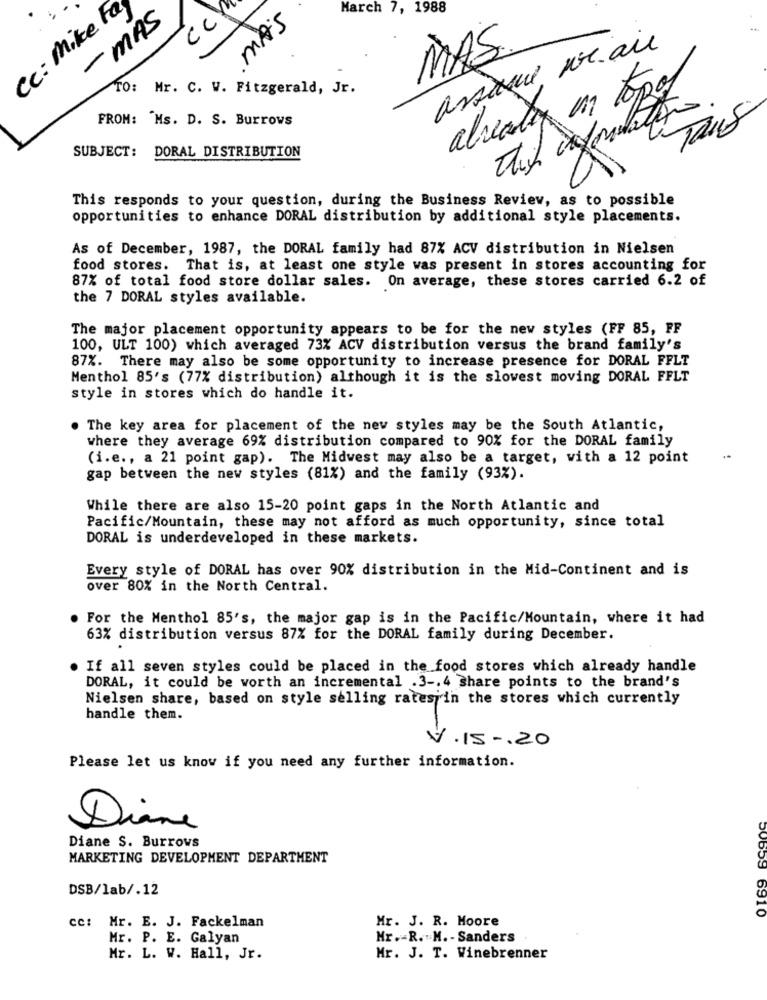
Cc: Mike Fa
cCY
March 7, 1988
- MAS
MAS
MAS.
assine vraie
TO: Mr. C. W. Fitzgerald, Jr.
already en topos
FROM: Ms. D. S. Burrows
SUBJECT: DORAL DISTRIBUTION
This responds to your question, during the Business Review, as to possible
opportunities to enhance DORAL distribution by additional style placements.
As of December, 1987, the DORAL family had 87% ACV distribution in Nielsen
food stores. That is, at least one style was present in stores accounting for
87% of total food store dollar sales. On average, these stores carried 6.2 of
the 7 DORAL styles available.
The major placement opportunity appears to be for the new styles (FF 85, FF
100, ULT 100) which averaged 73% ACV distribution versus the brand family's
87%. There may also be some opportunity to increase presence for DORAL FFLT
Menthol 85's (77% distribution) although it is the slowest moving DORAL FFLT
style in stores which do handle it.
. The key area for placement of the new styles may be the South Atlantic,
where they average 69% distribution compared to 90% for the DORAL family
(i.e ., a 21 point gap). The Midwest may also be a target, with a 12 point
gap between the new styles (81%) and the family (93%).
While there are also 15-20 point gaps in the North Atlantic and
Pacific/Mountain, these may not afford as much opportunity, since total
DORAL is underdeveloped in these markets.
Every style of DORAL has over 90% distribution in the Mid-Continent and is
over 80% in the North Central.
. For the Menthol 85's, the major gap is in the Pacific/Mountain, where it had
63% distribution versus 87% for the DORAL family during December.
If all seven styles could be placed in the food stores which already handle
DORAL, it could be worth an incremental .3 -. 4 Share points to the brand's
Nielsen share, based on style selling rates in the stores which currently
handle them.
V.15 -. 20
Please let us know if you need any further information.
Diane
Diane S. Burrows
MARKETING DEVELOPMENT DEPARTMENT
DSB/lab/.12
cc: Mr. E. J. Fackelman
Mr. J. R. Moore
50659 6910
Mr. P. E. Galyan
Mr .- R. M. - Sanders
Mr. L. W. Hall, Jr.
Mr. J. T. Winebrenner